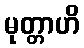
မုတ္တာဟိ